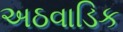
અઠવાડિક